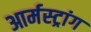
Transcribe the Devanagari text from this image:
आर्मस्‍ट्रांग